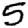
Digit: 5